Code of medical and sanitary regulations for the guidance of medical officers serving in the Madras Presidency - Volume I
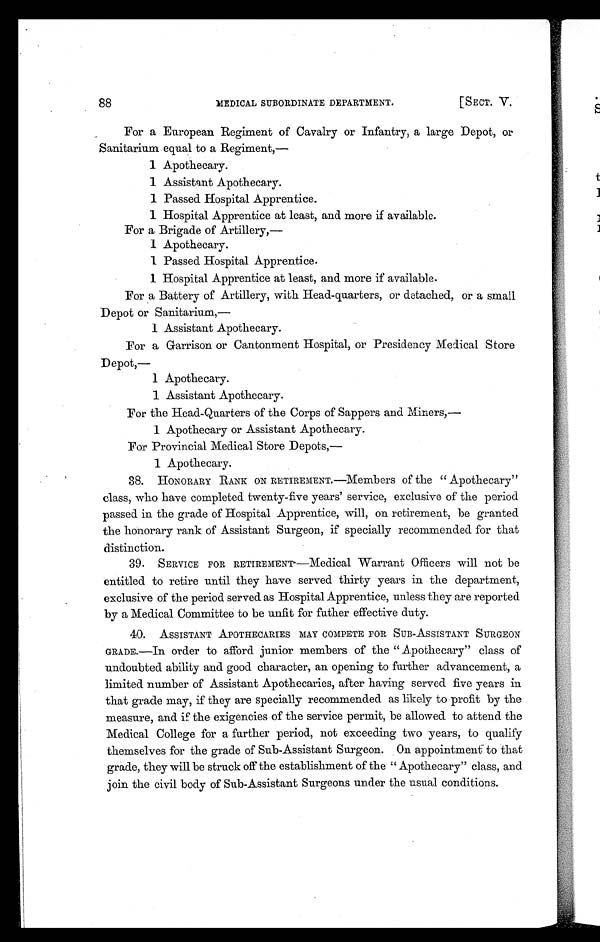
MEDICAL SUBORDINATE DEPARTMENT.
[SECT. V.
88
For a European Regiment of Cavalry or Infantry, a large Depot, or
Sanitarium equal to a Regiment,
—
1 Apothecary.
1 Assistant Apothecary.
1 Passed Hospital Apprentice.
1 Hospital Apprentice at least, and more if available.
For a Brigade of Artillery,
—
1 Apothecary.
1 Passed Hospital Apprentice.
1 Hospital Apprentice at least, and more if available.
For a Battery of Artillery, with Head-quarters, or detached, or a small
Depot or Sanitarium,
—
1 Assistant Ápothecary.
For a Garrison or Cantonment Hospital, or Presidency Medical Store
D epot,—
1 Apothecary.
1 Assistant Apothecary.
For the Head-Quarters of the Corps of Sappers and Miners,
—
1 Apothecary or Assistant Apothecary.
For Provincial Medical Store Depots,—
1 Apothecary.
38.
HONORARY RANK ON RETIREMENT.—Members of the "Apothecary"
class, who have completed twenty-five years' service, exclusive of the period
passed in the grade of Hospital Apprentice, will, on retirement, be granted
the honorary rank of Assistant Surgeon, if specially recommended for that
distinction.
39.
SERVICE FOR RETIREMENT—Medical Warrant Officers will not be
entitled to retire until they have served thirty years in the department,
exclusive of the period served as Hospital Apprentice, unless they are reported
by a Medical Committee to be unfit for futher effective duty.
40.
ASSISTANT APOTHECARIES MAY COMPETE FOR SUB-ASSISTANT SURGEON
GRADE.—In order to afford junior members of the " Apothecary" class of
undoubted ability and good character, an opening to further advancement, a
limited number of Assistant Apothecaries, after having served five years in
that grade may, if they are specially recommended as likely to profit by the
measure, and if the exigencies of the service permit, be allowed to attend the
Medical College for a further period, not exceeding two years, to qualify
themselves for the grade of Sub-Assistant Surgeon. On appointment to that
grade, they will be struck off the establishment of the " Apothecary" class, and
join the civil body of Sub-Assistant Surgeons under the usual conditions.